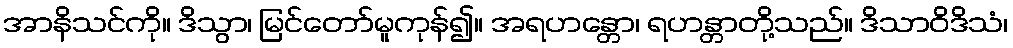
အာနိသင်ကို။ ဒိသွာ၊ မြင်တော်မူကုန်၍။ အရဟန္တော၊ ရဟန္တာတို့သည်။ ဒိသာဝိဒိသံ၊